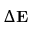
\Delta { \bf E }